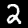
Label: 2